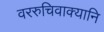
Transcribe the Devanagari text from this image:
वररुचिवाक्यानि